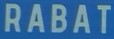
RABAT